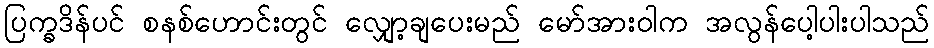
ပြက္ခဒိန်ပင် စနစ်ဟောင်းတွင် လျှော့ချပေးမည် မော်အားဝါက အလွန်ပေါ့ပါးပါသည်